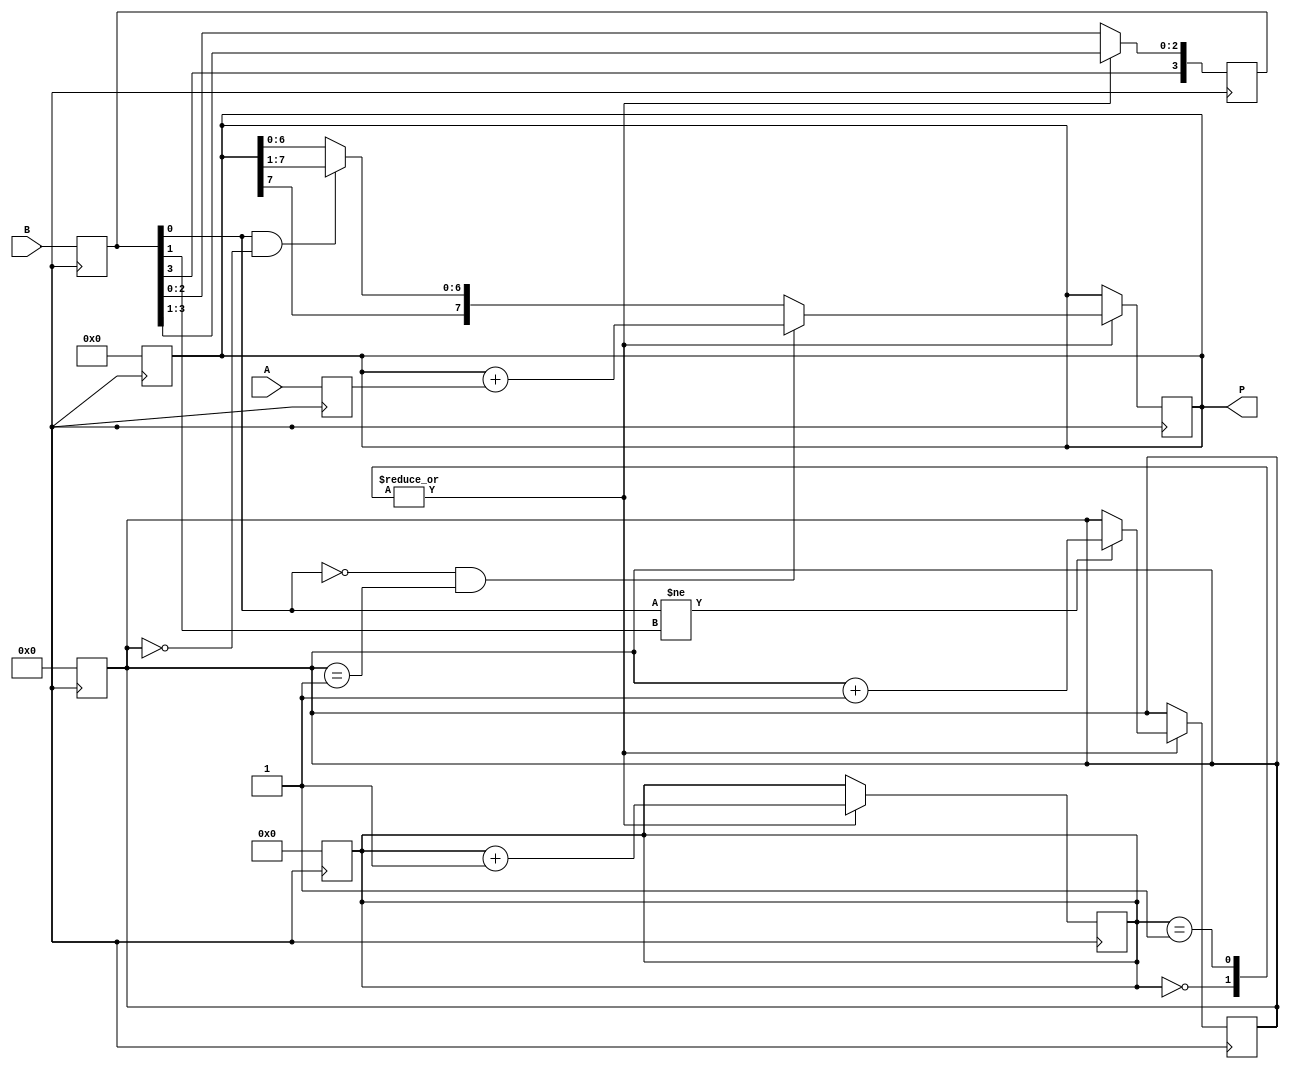
module booth_multiplier (
    input [3:0] A,
    input [3:0] B,
    output reg [7:0] P
);

reg [3:0] A_reg, B_reg;
reg [3:0] M_reg;
reg [4:0] count;

always @ (posedge clk) begin
    A_reg <= A;
    B_reg <= B;
    M_reg <= 4'b0;
    P <= 8'b0;
    count <= 5'b0;
end

always @ (posedge clk) begin
    case (count)
        0: begin
            if (B_reg[0] == 1 && M_reg == 0)
                P <= {P[7], P[7:1]};
            if (B_reg[0] == 0 && M_reg == 1)
                P <= P + A_reg;
            if (B_reg[0] != B_reg[1])
                M_reg <= M_reg + 1;
            B_reg <= {B_reg[3], B_reg[3:1]};
            count <= count + 1;
        end
        1: begin
            if (B_reg[0] == 1 && M_reg == 0)
                P <= {P[7], P[7:1]};
            if (B_reg[0] == 0 && M_reg == 1)
                P <= P + A_reg;
            if (B_reg[0] != B_reg[1])
                M_reg <= M_reg + 1;
            B_reg <= {B_reg[3], B_reg[3:1]};
            count <= count + 1;
        end
        // Continue this pattern for the rest of the 4-bit Booth algorithm
    endcase
end

endmodule